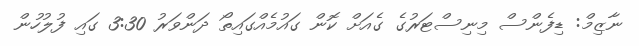
ނާޒިމް: ޑިފެންސް މިނިސްޓަރުގެ ގެއަށް ކޮން ގައުމެއްގައިތޯ ދަންވަރު 3:30 ގައި ފުލުހުން